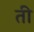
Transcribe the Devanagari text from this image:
ती